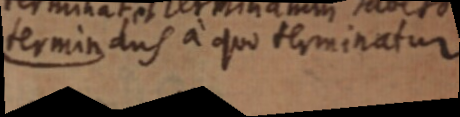
terminans a quo terminatur